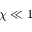
\chi \ll 1